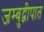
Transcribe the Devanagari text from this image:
जम्बुद्वीपात